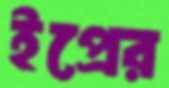
ইপ্রের